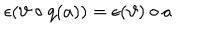
LaTeX: \epsilon ( \vartheta \circ q ( a ) ) = \epsilon ( \vartheta ) \circ a